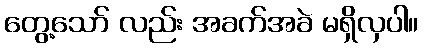
တွေ့သော် လည်း အခက်အခဲ မရှိလှပါ။